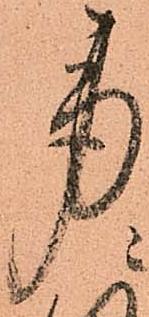
労